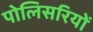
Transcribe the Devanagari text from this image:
पोलिसरियों